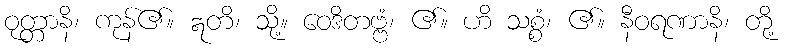
ဝုတ္တာနိ၊ ကုန်၏။ ဣတိ၊ သို့။ ဝေဒိတဗ္ဗံ၊ ၏။ ဟိ သစ္စံ၊ ၏။ နီဝရဏာနိ၊ တို့